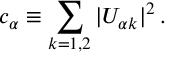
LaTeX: c _ { \alpha } \equiv \sum _ { k = 1 , 2 } | U _ { { \alpha } k } | ^ { 2 } \, .